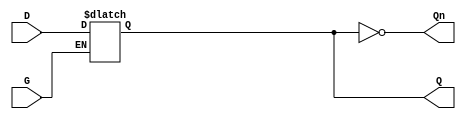
module GatedDLatch (
    input wire D,     // Data input
    input wire G,     // Enable input (gate)
    output reg Q,     // Output
    output wire Qn    // Complement of Q
);

// Complement of Q
assign Qn = ~Q;

// Always block for the Gated D Latch behavior
always @(*) begin
    if (G) begin
        Q = D;  // When G is high, Q follows D
    end
    // When G is low, Q retains its previous value
end

endmodule